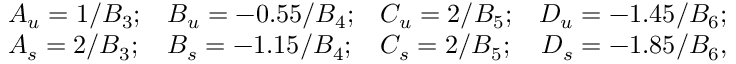
\begin{array} { c l l l r } { { } } & { { A _ { u } = 1 / B _ { 3 } ; } } & { { B _ { u } = - 0 . 5 5 / B _ { 4 } ; } } & { { C _ { u } = 2 / B _ { 5 } ; } } & { { D _ { u } = - 1 . 4 5 / B _ { 6 } ; } } \\ { { } } & { { A _ { s } = 2 / B _ { 3 } ; } } & { { B _ { s } = - 1 . 1 5 / B _ { 4 } ; } } & { { C _ { s } = 2 / B _ { 5 } ; } } & { { D _ { s } = - 1 . 8 5 / B _ { 6 } , } } \end{array}